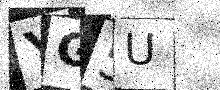
Text: YG5U